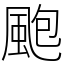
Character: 颮